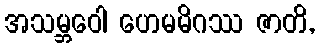
အသမ္ဘဝေါ ဟေမမိဂဿ ဇာတိ,